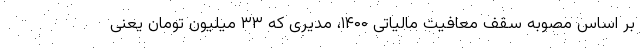
بر اساس مصوبه سقف معافیت مالیاتی ۱۴۰۰، مدیری که ۳۳ میلیون تومان یعنی